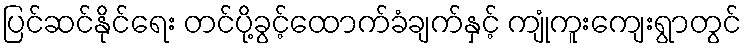
ပြင်ဆင်နိုင်ရေး တင်ပို့ခွင့်ထောက်ခံချက်နှင့် ကျုံကူးကျေးရွာတွင်